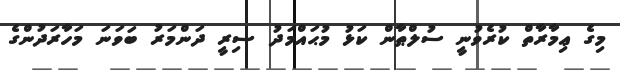
މިގެ ޢިމާރާތް ކުރެވުނީ ސުލްޠާން ކަޅު މުޙައްމަދު ސިރީ ދަންމަރު ބަވަނަ މަހާރަދުންގެ